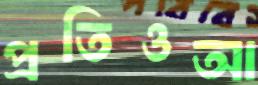
প্রতিওআ